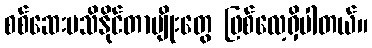
စစ်ဆေးမသိနိုင်တာမျိုးတွေ ဖြစ်လေ့ရှိပါတယ်။